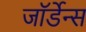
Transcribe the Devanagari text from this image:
जॉर्डेन्स